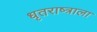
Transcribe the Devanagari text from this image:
धृतराष्त्राला